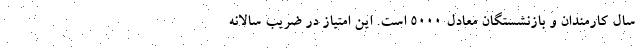
سال کارمندان و بازنشستگان معادل ۵۰۰۰ است. این امتیاز در ضریب سالانه